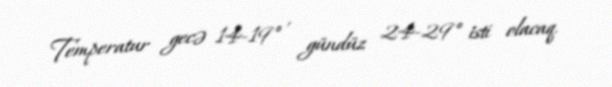
Temperatur gecə 14-19° , gündüz 24-29° isti olacaq.